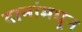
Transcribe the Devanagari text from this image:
दानांमधून